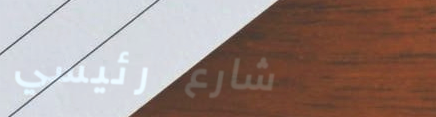
شارع رئيسي